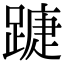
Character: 𨄀